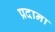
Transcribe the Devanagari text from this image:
प्रदाना